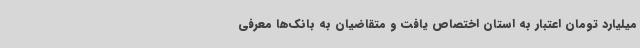
میلیارد تومان اعتبار به استان اختصاص یافت و متقاضیان به بانک‌ها معرفی